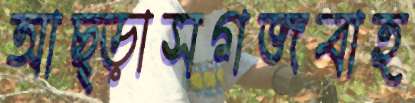
আছ্‌ড়াসগজবাহ